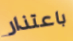
باعتذار